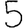
Digit: 5